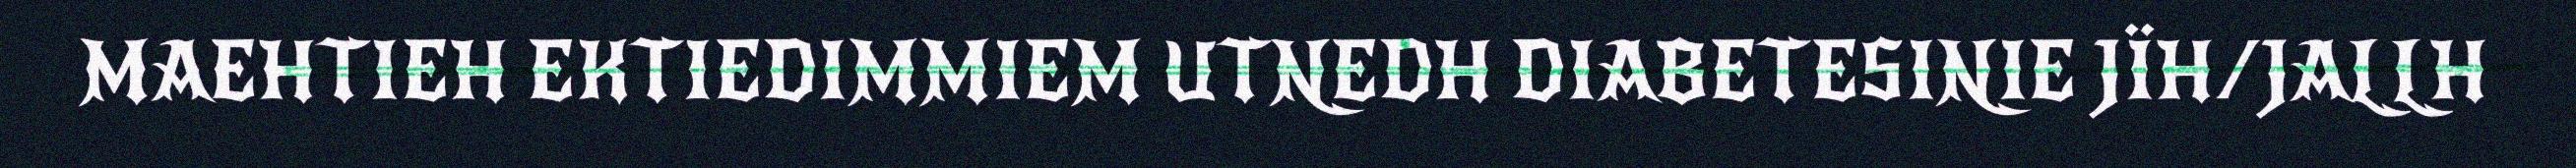
MAEHTIEH EKTIEDIMMIEM UTNEDH DIABETESINIE JÏH/JALLH